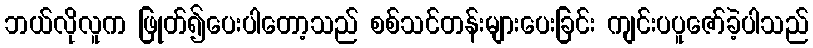
ဘယ်လိုလူက ဖြုတ်၍ပေးပါတော့သည် စစ်သင်တန်းများပေးခြင်း ကျင်းပပူဇော်ခဲ့ပါသည်